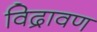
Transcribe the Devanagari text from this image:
विद्रावण